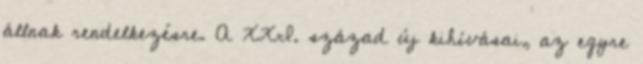
állnak rendelkezésre. A XXI. század új kihívásai, az egyre